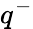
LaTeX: q^{-}